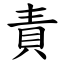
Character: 責